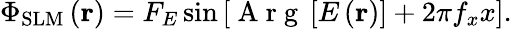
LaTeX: {{\Phi}_{\mathrm{SLM}}}\left({\mathbf{r}}\right)={{F}_{E}}\sin\left[\mathrm{~A~r~g~}\left[E\left({\mathbf{r}}\right)\right]+2\pi{{f}_{x}}x\right].